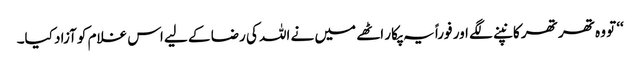
‘‘ تو وہ تھر تھر کانپنے لگے اور فوراً یہ پکار اٹھے میں نے اللہ کی رضا کے لیے اس غلام کو آزاد کیا۔